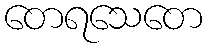
တေရသေတေ